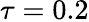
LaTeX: \tau=0.2